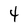
Character: 4